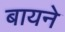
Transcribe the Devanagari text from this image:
बायने